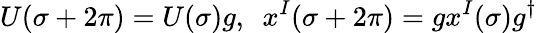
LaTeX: U(\sigma+2\pi)=U(\sigma)g,\ \ x^{I}(\sigma+2\pi)=gx^{I}(\sigma)g^{\dagger}